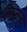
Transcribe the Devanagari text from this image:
केज्ड